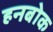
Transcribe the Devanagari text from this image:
हनबोक